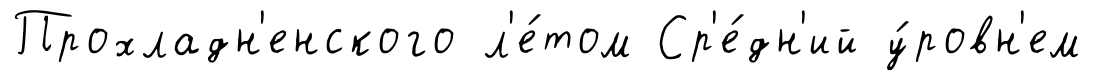
Прохладн'енского л'е́том Ср'е́дн'ий у́ровн'ем